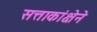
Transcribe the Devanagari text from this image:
सत्ताकांक्षेने